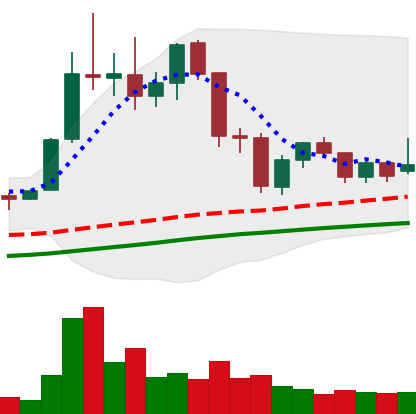
Ticker: LTC-USD
Chart end date: 2021-11-25
Forward return: -3.534%
Label: down_3_5